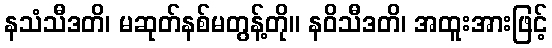
နသံသီဒတိ၊ မဆုတ်နစ်မတွန့်တို။ နဝိသီဒတိ၊ အထူးအားဖြင့်